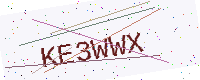
Text: KE3WWX